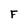
Character: F